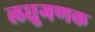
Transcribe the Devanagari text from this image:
लधुगणक